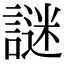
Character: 謎